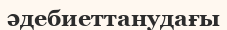
әдебиеттанудағы